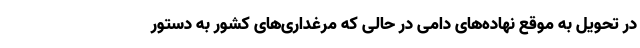
در تحویل به موقع نهاده‌های دامی در حالی که مرغداری‌های کشور به دستور